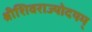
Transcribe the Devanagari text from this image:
श्रीशिवराज्योदयम्